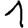
Digit: 1